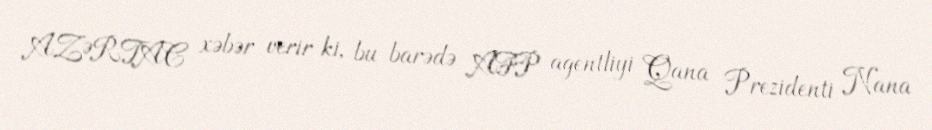
AZƏRTAC xəbər verir ki, bu barədə AFP agentliyi Qana Prezidenti Nana